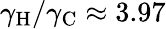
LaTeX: \gamma_{\mathrm{H}}/\gamma_{\mathrm{C}}\approx 3.97